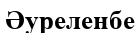
Әуреленбе